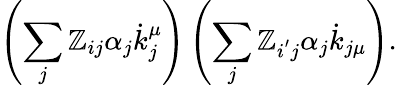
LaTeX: \left(\sum_{j}\mathbb{Z}_{ij}\alpha_{j}\dot{{k}}_{j}^{\mu}\right)\left(\sum_{j}\mathbb{Z}_{i^{^{\prime}}j}\alpha_{j}\dot{{k}}_{j\mu}\right).